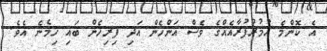
އެ ކޮންމެ އުމުރުފުރާއެއްގެ ވެސް އަންހެން އަދި ފިރިހެން ބައި ހިމެނެ އެވެ.